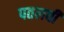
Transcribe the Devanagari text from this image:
पतलवी